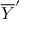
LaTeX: { \overline { { Y } } } ^ { \prime }